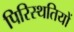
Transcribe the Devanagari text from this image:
पिरिस्थतियों